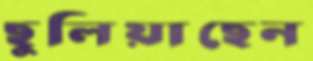
ছুলিয়াছেন